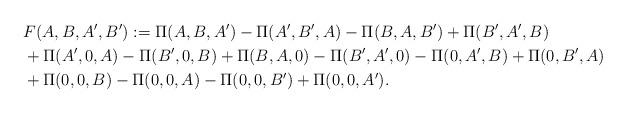
LaTeX: \begin{align*}& F(A,B,A',B'):= \Pi(A,B,A')-\Pi(A',B',A)-\Pi(B,A,B')+\Pi(B',A',B)\\ & +\Pi(A',0,A)-\Pi(B',0,B)+\Pi(B,A,0)-\Pi(B',A',0)-\Pi(0,A',B)+\Pi(0,B',A)\\ & +\Pi(0,0,B)-\Pi(0,0,A)-\Pi(0,0,B')+\Pi(0,0,A'). \end{align*}